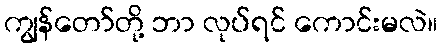
ကျွန်တော်တို့ ဘာ လုပ်ရင် ကောင်းမလဲ။